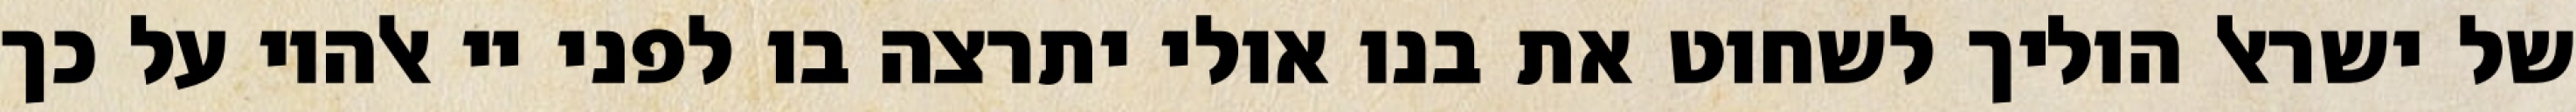
של ישראל הוליך לשחוט את בנו אולי יתרצה בו לפני יי אלהיו על כך